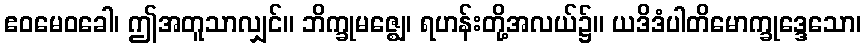
ဧဝမေဝခေါ၊ ဤအတူသာလျှင်။ ဘိက္ခုမဇ္ဈေ၊ ရဟန်းတို့အလယ်၌။ ယဒိဒံပါတိမောက္ခုဒ္ဒေသော၊